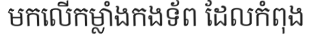
មកលើកម្លាំងកងទ័ព ដែលកំពុង